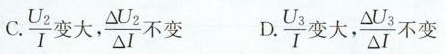
C.\frac{U_{2}}{I}变大，\frac{\Delta U_{2}}{\Delta I}不变 D.\frac{U_{3}}{I}变大，\frac{\Delta U_{3}}{\Delta I}不变